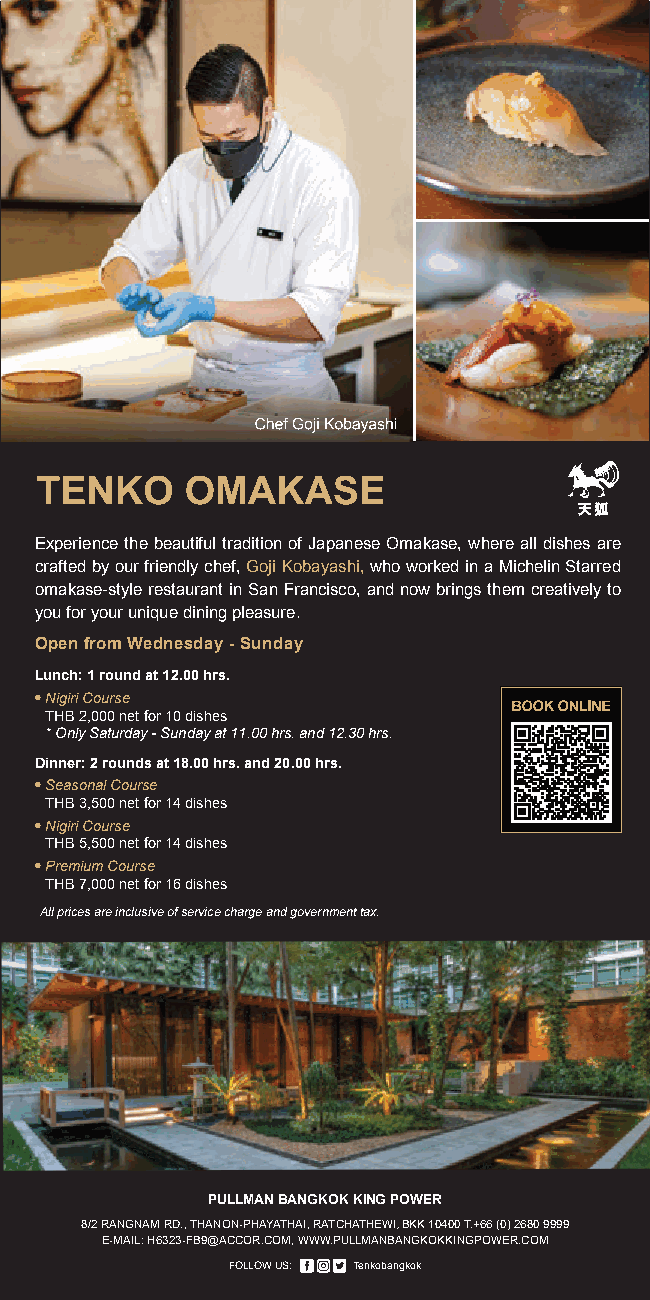
Experience the beautiful tradition of Japanese Omakase, where all dishes are
 crafted by our friendly chef, Goji Kobayashi, who worked in a Michelin Starred
 omakase-style restaurant in San Francisco, and now brings them creatively to
 you for your unique dining pleasure.
 Open from Wednesday - Sunday
 Lunch: 1 round at 12.00 hrs.
 • Nigiri Course
 THB 2,000 net for 10 dishes
 * Only Saturday - Sunday at 11.00 hrs. and 12.30 hrs.
 Dinner: 2 rounds at 18.00 hrs. and 20.00 hrs.
 • Seasonal Course
 THB 3,500 net for 14 dishes
 • Nigiri Course
 THB 5,500 net for 14 dishes
 • Premium Course
 THB 7,000 net for 16 dishes
 All prices are inclusive of service charge and government tax.
 PULLMAN BANGKOK KING POWER
 8/2 RANGNAM RD., THANON-PHAYATHAI, RATCHATHEWI, BKK 10400 T.+66 (0) 2680 9999
 E-MAIL: H6323-FB9@ACCOR.COM, WWW.PULLMANBANGKOKKINGPOWER.COM
 FOLLOW US: Tenkobangkok